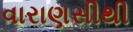
વારાણસીથી